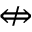
\nLeftrightarrow